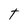
Character: t